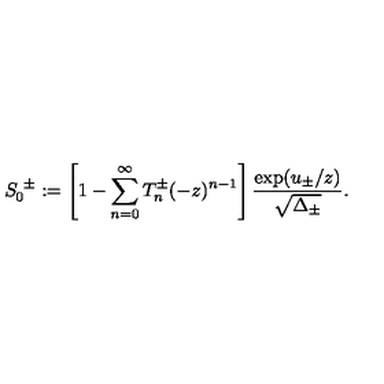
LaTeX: S _ { 0 } ^ { \ \pm } : = \left[ 1 - \sum _ { n = 0 } ^ { \infty } T _ { n } ^ { \pm } ( - z ) ^ { n - 1 } \right] { \frac { \exp ( u _ { \pm } / z ) } { \sqrt { \Delta _ { \pm } } } } .